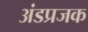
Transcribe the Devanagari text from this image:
अंडप्रजक